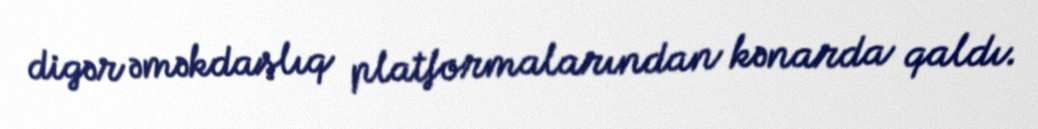
digər əməkdaşlıq platformalarından kənarda qaldı.